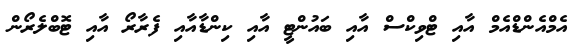
އެމްއެންޑްއެމް އާއި ޓްވިކްސް އާއި ބައުންޓީ އާއި ކިންޑާއާއި ފެރާރޯ އާއި ޓޮބްލެރޯން